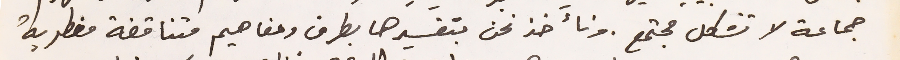
جماعة لا تشكل مجتمع. ونأخذ نحن بتفسيرها بطرق ومفاهيم متناقضة مضطربة